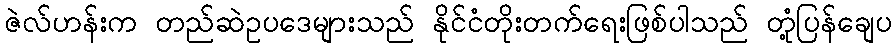
ဇဲလ်ဟန်းက တည်ဆဲဥပဒေများသည် နိုင်ငံတိုးတက်ရေးဖြစ်ပါသည် တုံ့ပြန်ချေပ